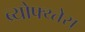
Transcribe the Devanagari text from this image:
ब्र्योफ्य्तेस्